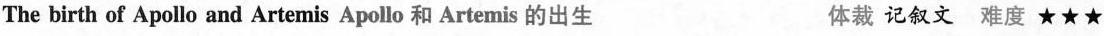
The birth of Apollo and Artemis Apollo 和 Artemis 的出生 体裁 记叙文 难度 ★★★